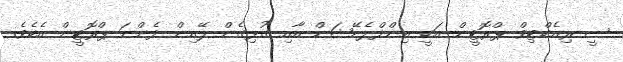
ސީ-ރިއެކްޓިވް ޕްރޮޓީން އަކީ އިންފްލެމޭޝަން އާއި ގުޅިގެން ލޭއިން ފެންނަ ޕްރޮޓީން އެކެވެ.